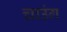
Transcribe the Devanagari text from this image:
चाउंग